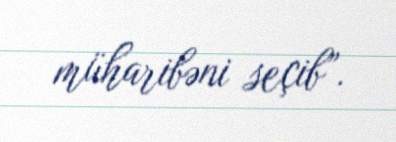
müharibəni seçib”.